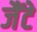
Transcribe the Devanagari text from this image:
जैंटे